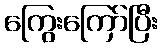
ကြွေးကြော်ပြီး